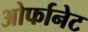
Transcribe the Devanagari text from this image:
ओर्फानेट